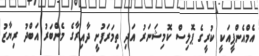
އެމްއެންޕީއަކީ ކުރީގެ ޕޮލިސް ކޮމިޝަނަރު އަދި ތިމަރަފުށީ ދާއިރާގެ މެންބަރު އަބްދު ރިޔާޒު